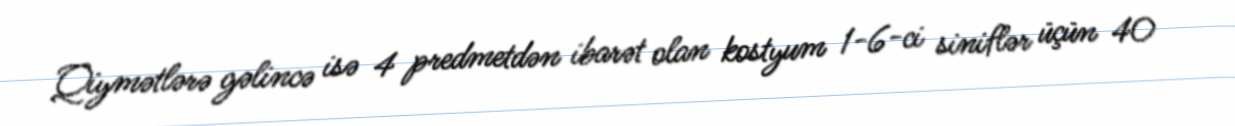
Qiymətlərə gəlincə isə 4 predmetdən ibarət olan kostyum 1-6-ci siniflər üçün 40